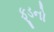
ફૂડનો